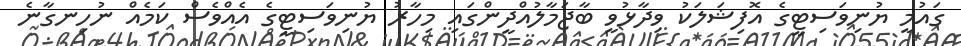
ގައުމީ ޔުނިވަސިޓީގެ އޮފިޝަލަކު ވިދާޅުވީ ބާޖަމާލުއްދީންގައި މިހާރު ޔުނިވަސިޓީގެ އެއްވެސް ކަމެއް ނުހިނގާނެ